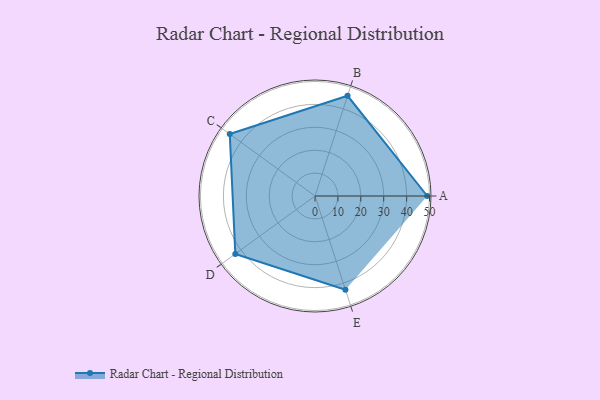
{"axis": {"x": "Skill", "y": "Score"}, "legend": ["Profile"], "data": [{"x": "A", "y": 49.0, "type": "Profile"}, {"x": "B", "y": 46.0, "type": "Profile"}, {"x": "C", "y": 46.0, "type": "Profile"}, {"x": "D", "y": 43.0, "type": "Profile"}, {"x": "E", "y": 43.0, "type": "Profile"}]}